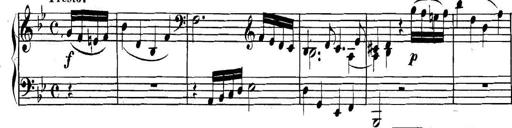
Title: Collected Piano Sonatas
Composer: Muzio Clementi